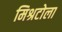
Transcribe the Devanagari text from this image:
मिश्रटोला